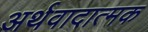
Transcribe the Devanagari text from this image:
अर्थवादात्मक